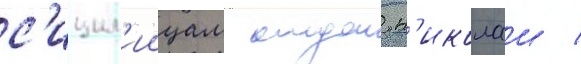
с'ицил'иицам отдал н'иколаи /